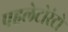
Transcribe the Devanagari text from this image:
पहलेटोरंटो